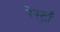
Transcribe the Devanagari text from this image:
रेस्ट्राँ